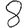
Digit: 8